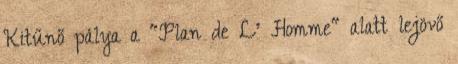
Kitűnő pálya a "Plan de L' Homme" alatt lejövő